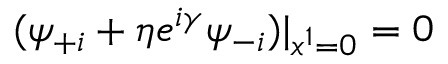
( \psi _ { + i } + \eta e ^ { i \gamma } \psi _ { - i } ) | _ { x ^ { 1 } = 0 } = 0